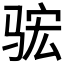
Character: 𮹈